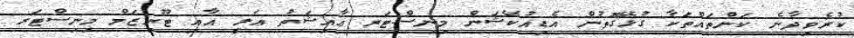
ކުރެވިދާނެ ކަންތައްތަކާ ގުޅޭގޮތުން އެޑިއުކޭޝަން މިނިސްޓަރ ޢާއިޝަތު ޢަލީ އާއި ޓޫރިޒަމް މިނިސްޓަރ